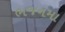
ભજનમા